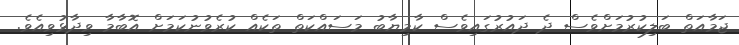
ޖަމާއަތް ބަލިކުރުމަށްވެސް ދެ ދައުރުގައިވެސް ކާމިޔާބު މަސައްކަތް ތަކެއް ކުރެވުނުކަމަށް އޮބާމާ ވިދާޅުވިއެވެ.